Note on the mental hospitals in Burma - 1925-1940
Year: 1925
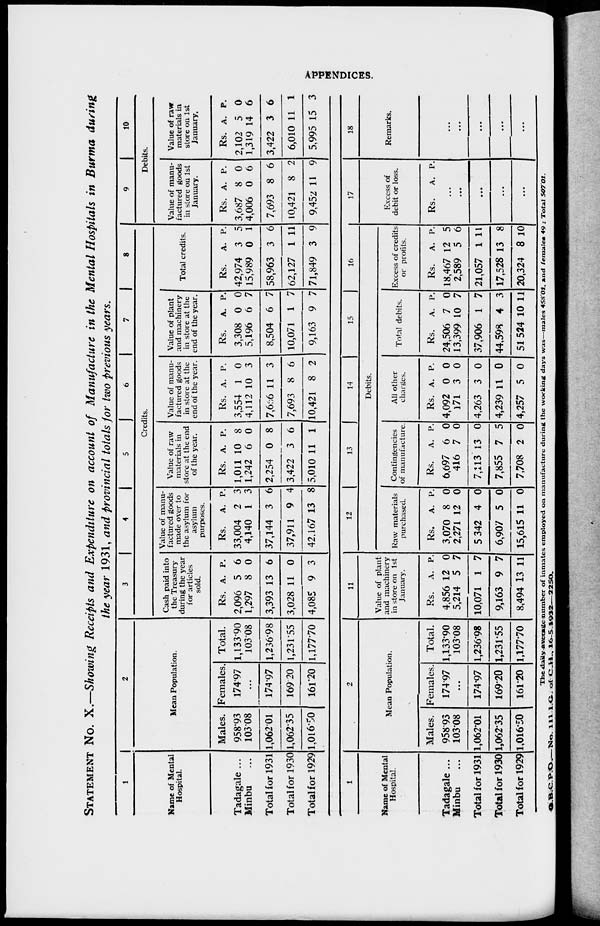
APPENDICES.
STATEMENT NO. X.—Showing Receipts and Expenditure on account of Manufacture in the Mental Hospitals in Burma during
the year 1931, and provincial totals for two previous years.
1
Name of Mental
Hospital.
Tadagale ...
Minbu ...
Total for 1931
Total for 1930
Total for 1929
2
Mean Population.
Males.
958.93
103.08
1,062.01
1,062.35
1,016.50
Females.
174.97
...
174.97
169.20
161.20
Total.
1,133.90
103.08
1,236.98
1,231.55
1,177.70
3
4
5
6
7
8
Credits.
Cash paid into
the Treasury
during the year
for articles
sold.
Rs.
2,096
1,297
3,393
3,028
4,085
A.
5
8
13
11
9
P.
6
0
6
0
3
Value of manu-
factured goods
made over to
the asylum for
asylum
purposes.
Rs.
33,004
4,140
37,144
37,911
42,167
A.
2
1
3
9
13
P.
3
3
6
4
8
Value of raw
materials in
store at the end
of the year.
Rs.
1,011
1,242
2,254
3,422
5,010
A.
10
6
0
3
11
P.
8
0
8
6
1
Value of manu-
factured goods
in store at the
end of the year.
Rs.
3,554
4,112
7,656
7,693
10,421
A.
1
10
11
8
8
P.
0
3
3
6
2
Value of plant
and machinery
in store at the
end of the year.
Rs.
3,308
5,196
8,504
10,071
9,163
A.
0
6
6
1
9
P.
0
7
7
7
7
Total credits.
Rs.
42,974
15,989
58,963
62,127
71,849
A.
3
0
3
1
3
P.
5
1
6
11
9
9
10
Debits.
Value of manu-
factured goods
in store on 1st
January.
Rs.
3,687
4,006
7,693
10,421
9,452
A.
8
0
8
8
11
P.
0
6
6
2
9
Value of raw
materials in
store on 1st
January.
Rs.
2,102
1,319
3,422
6,010
5,995
A.
5
14
3
11
15
P.
0
6
6
1
3
1
Name of Mental
Hospital.
Tadagale ...
Minbu ...
Total for 1931
Total for 1930
Total for 1929
2
Mean Population.
Males.
958.93
103.08
1,062.01
1,062.35
1,016.50
Females.
174.97
...
174.97
169.20
161.20
Total.
1,133.90
103.08
1,236.98
1,231.55
1,177.70
11
Value of plant
and machinery
in store on 1st
January.
Rs.
4,856
5,214
10,071
9,163
8,494
A.
12
5
1
9
13
P.
0
7
7
7
11
12
13
14
15
16
Debits.
Raw materials
purchased.
Rs.
3,070
2,271
5,342
6,907
15,615
A.
8
12
4
5
11
P.
0
0
0
0
0
Contingencies
of manufacture.
Rs.
6,697
416
7,113
7,855
7,708
A.
6
7
13
7
2
P.
0
0
0
5
0
All other
charges.
Rs.
4,092
171
4,263
4,239
4,257
A.
0
3
3
11
5
P.
0
0
0
0
0
Total debits.
Rs.
24,506
13,399
37,906
44,598
51,524
A.
7
10
1
4
10
P.
0
7
7
3
11
Excess of credits
or profits
Rs.
18,467
2,589
21,057
17,528
20,324
A.
12
5
1
13
8
P.
5
6
11
8
10
17
Excess of
debit or loss.
Rs. A. P.
...
...
...
...
...
18
Remarks.
...
...
...
...
...
The daily average number of inmates employed on manufacture during the working days was—males 458.01, and females 49 ; Total 507.01.
G . B .C. P.O. —No. 111.1.G. of C.H 16-5.1932-2250